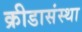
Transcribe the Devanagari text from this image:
क्रीडासंस्था